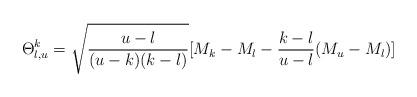
LaTeX: \begin{align*} \Theta_{l, u}^{k} = \sqrt{\frac{u-l}{(u-k)(k-l)}}[M_k - M_l - \frac{k-l}{u-l}(M_u - M_l)]\end{align*}